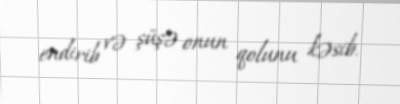
endirib və şüşə onun qolunu kəsib.